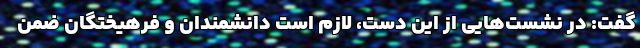
گفت: در نشست‌هایی از این دست، لازم است دانشمندان و فرهیختگان ضمن